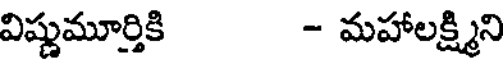
విష్ణుమూర్తికి - మహాలక్ష్మిని